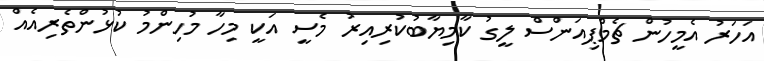
އަހަރު އެމީހުން ޗެމްޕިއަންސް ލީގު ކާމިޔާބުކުރިއިރު މެސީ އަކީ މިހާ މުހިންމު ކުޅުންތެރިއެއް